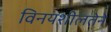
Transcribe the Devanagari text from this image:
विनयशीलतेने